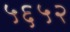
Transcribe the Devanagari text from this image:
५६५२